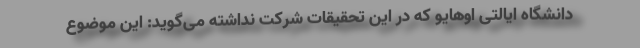
دانشگاه ایالتی اوهایو که در این تحقیقات شرکت نداشته می‌گوید: این موضوع